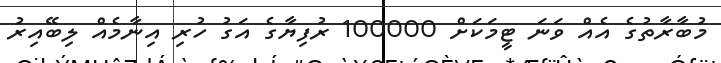
މުބާރާތުގެ އެއް ވަނަ ޓީމަކަށް 100000 ރުފިޔާގެ އަގު ހުރި އިނާމެއް ލިބޭއިރު